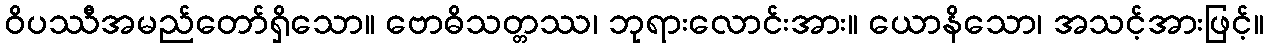
ဝိပဿီအမည်တော်ရှိသော။ ဗောဓိသတ္တဿ၊ ဘုရားလောင်းအား။ ယောနိသော၊ အသင့်အားဖြင့်။